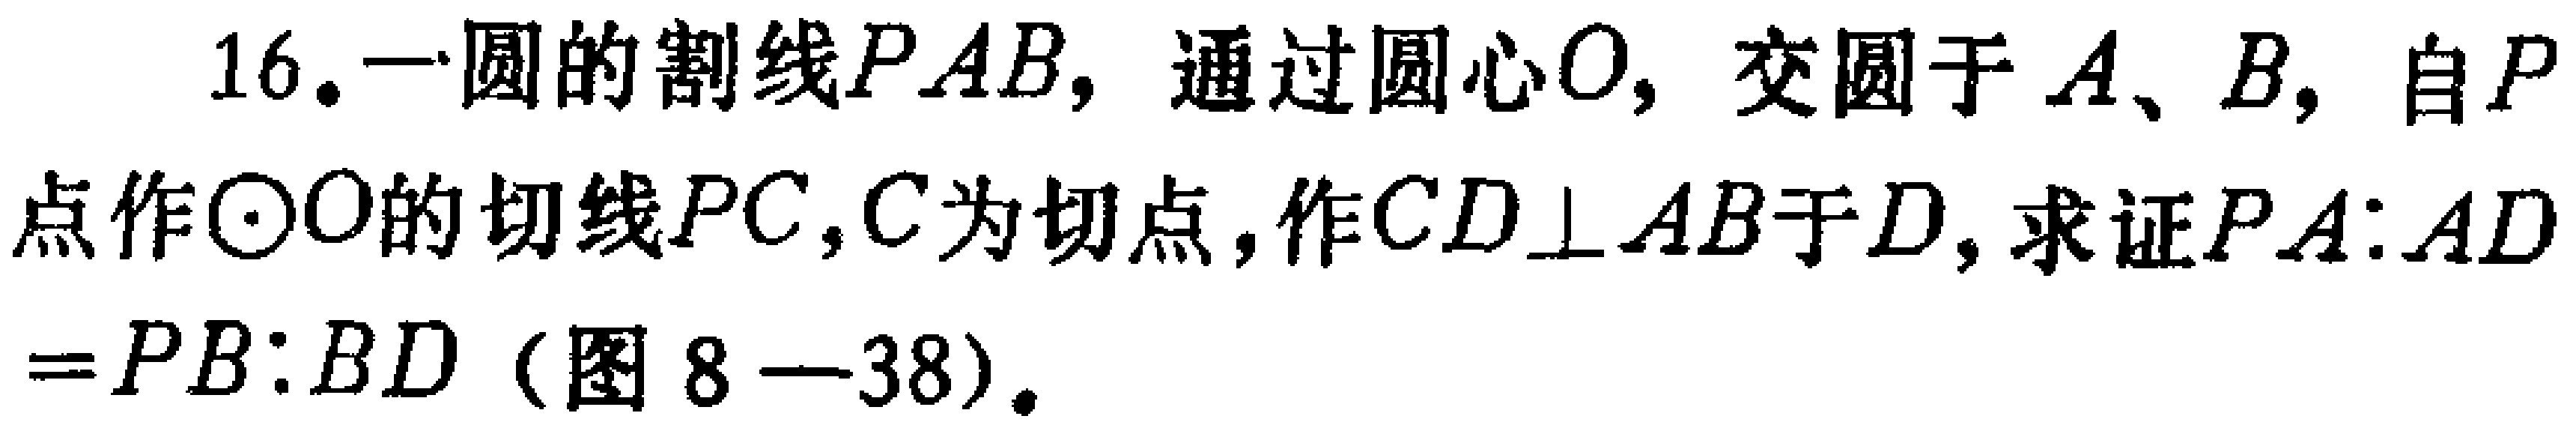
16. 一圆的割线\(PAB\)，通过圆心\(O\)，交圆于\(A、B\)，自\(P\)点作\(\odot O\)的切线\(PC\)，\(C\)为切点，作\(CD\perp AB\)于\(D\)，求证\(PA:AD = PB:BD\)（图8 - 38）。